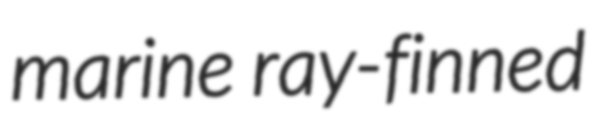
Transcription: marine ray-finned